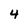
Character: 4